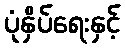
ပုံနှိပ်ရေးနှင့်